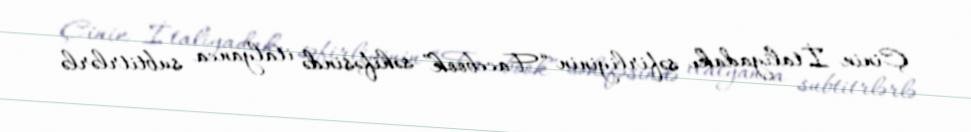
Çinin İtaliyadakı səfirliyinin “Facebook” səhifəsində italyanca subtitrlərlə